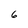
Character: 6